Report of the Indian Hemp Drugs Commission, 1894-1895 - Volume V
Year: 1894
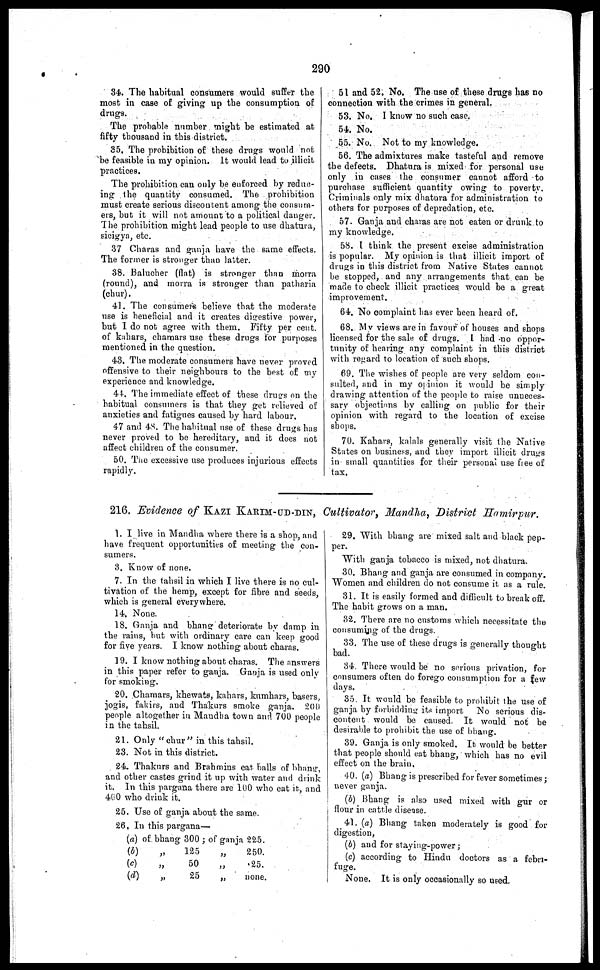
290
34. The habitual consumers would suffer the
most in case of giving up the consumption of
drugs.
The probable number might be estimated at
fifty thousand in this district.
35, The prohibition of these drugs would not
be feasible in my opinion. It would lead to illicit
practices.
The prohibition can only be enforced by reduc-
ing the quantity consumed. The prohibition
must create serious discontent among the consum-
ers, but it will not amount to a political danger.
The prohibition might lead people to use dhatura,
sicigya, etc.
37 Charas and ganja have the same effects.
The former is stronger than latter.
38. Balucher (flat) is stronger than morra
(round), and morra is stronger than patharia
(chur).
41. The consumers believe that the moderate
use is beneficial and it creates digestive power,
but I do not agree with them. Fifty per cent.
of kahars, chamars use these drugs for purposes
mentioned in the question.
43. The moderate consumers have never proved
offensive to their neighbours to the best of my
experience and knowledge.
41. The immediate effect of these drugs on the
habitual consumers is that they get relieved of
anxieties and fatigues caused by hard labour.
47 and 4S. The habitual use of these drugs has
never proved to be hereditary, and it does not
affect children of the consumer.
50. The excessive use produces injurious effects
rapidly.
51 and 52. No. The use of these drugs has no
connection with the crimes in general.
53. No. I know no such case.
54. No.
55. No. Not to my knowledge.
56. The admixtures make tasteful and remove
the defects. Dhatura is mixed for personal use
only in cases the consumer cannot afford to
purchase sufficient quantity owing to poverty.
Criminals only mix dhatura for administration to
others for purposes of depredation, etc.
57. Ganja and charas are not eaten or drunk to
my knowledge.
58. I think the present excise administration
is popular. My opinion is that illicit import of
drugs in this district from Native States cannot
be stopped, and any arrangements that can be
made to check illicit practices would be a great
improvement.
64. No complaint has ever been heard of.
68. My views are in favour of houses and shops
licensed for the sale of drugs. I had no oppor-
tunity of hearing any complaint in this district
with regard to location of such shops.
69. The wishes of people are very seldom con-
suited, and in my opinion it would be simply
drawing attention of the people to raise unueces-
sary objections by calling on public for their
opinion with regard to the location of excise
shops.
70. Kahars, kalals generally visit the Native
States on business, and they import illicit drugs
in small quantities for their personal use free of
tax.
216. Evidence of KAZI KARIM-UD-DIN, Cultivator, Mandha, District Hamirpur.
1. I, live in Mandha where there is a shop, and
have frequent opportunities of meeting the con-
sumers.
3. Know of none.
7. In the tahsil in which I live there is no cul-
tivation of the hemp, except for fibre and seeds,
which is general everywhere.
14. None.
18. Ganja and bhang deteriorate by damp in
the rains, but with ordinary care can keep good
for five years. I know nothing about charas.
19. I know nothing about charas. The answers
in this paper refer to ganja. Ganja is used only
for smoking.
20. Chamars, khewats, kahars, kumhars, basers,
jogis, fakirs, and Thakurs smoke ganja. 200
people altogether in Maudha town and 700 people
in the tahsil.
21. Only "chur" in this tahsil.
23. Not in this district.
24. Thakurs and Brahmins eat balls of bhang,
and other castes grind it up with water and drink
it. In this pargana there are 100 who eat it, and
400 who drink it.
25. Use of ganja about the same.
26. In this pargana—
(a)
(b)
(c)
(d)
of bhang 300 ; of ganja
„
125
„
50
„
25
„
225.
250.
.25.
none.
29. With bhang are mixed salt and black pep-
per.
With ganja tobacco is mixed, not dhatura.
30. Bhang and ganja are consumed in company.
Women and children do not consume it as a rule.
31. It is easily formed and difficult to break off.
The habit grows on a man.
32. There are no customs which necessitate the
consuming of the drugs.
33. The use of these drugs is generally thought
bad.
34. There would be no serious privation, for
consumers often do forego consumption for a few
days.
35. It would be feasible to prohibit the use of
ganja by forbidding its import No serious dis-
content would be caused. It would not be
desirable to prohibit the use of bhang.
39. Ganja is only smoked. It would be better
that people should eat bhang, which has no evil
effect on the brain.
40. (a) Bhang is prescribed for fever sometimes ;
never ganja.
(b) Bhang is also used mixed with gur or
flour in cattle disease.
41. (a) Bhang taken moderately is good for
digestion,
(b) and for staying-power;
(c) according to Hindu doctors as a febri-
fuge.
None. It is only occasionally so used.